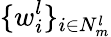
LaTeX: \{ w_{i}^{l}\} _{i\in N_{m}^{l}}